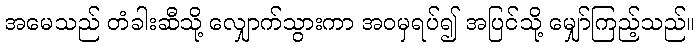
အမေသည် တံခါးဆီသို့ လျှောက်သွားကာ အဝမှရပ်၍ အပြင်သို့ မျှော်ကြည့်သည်။